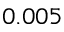
0 . 0 0 5